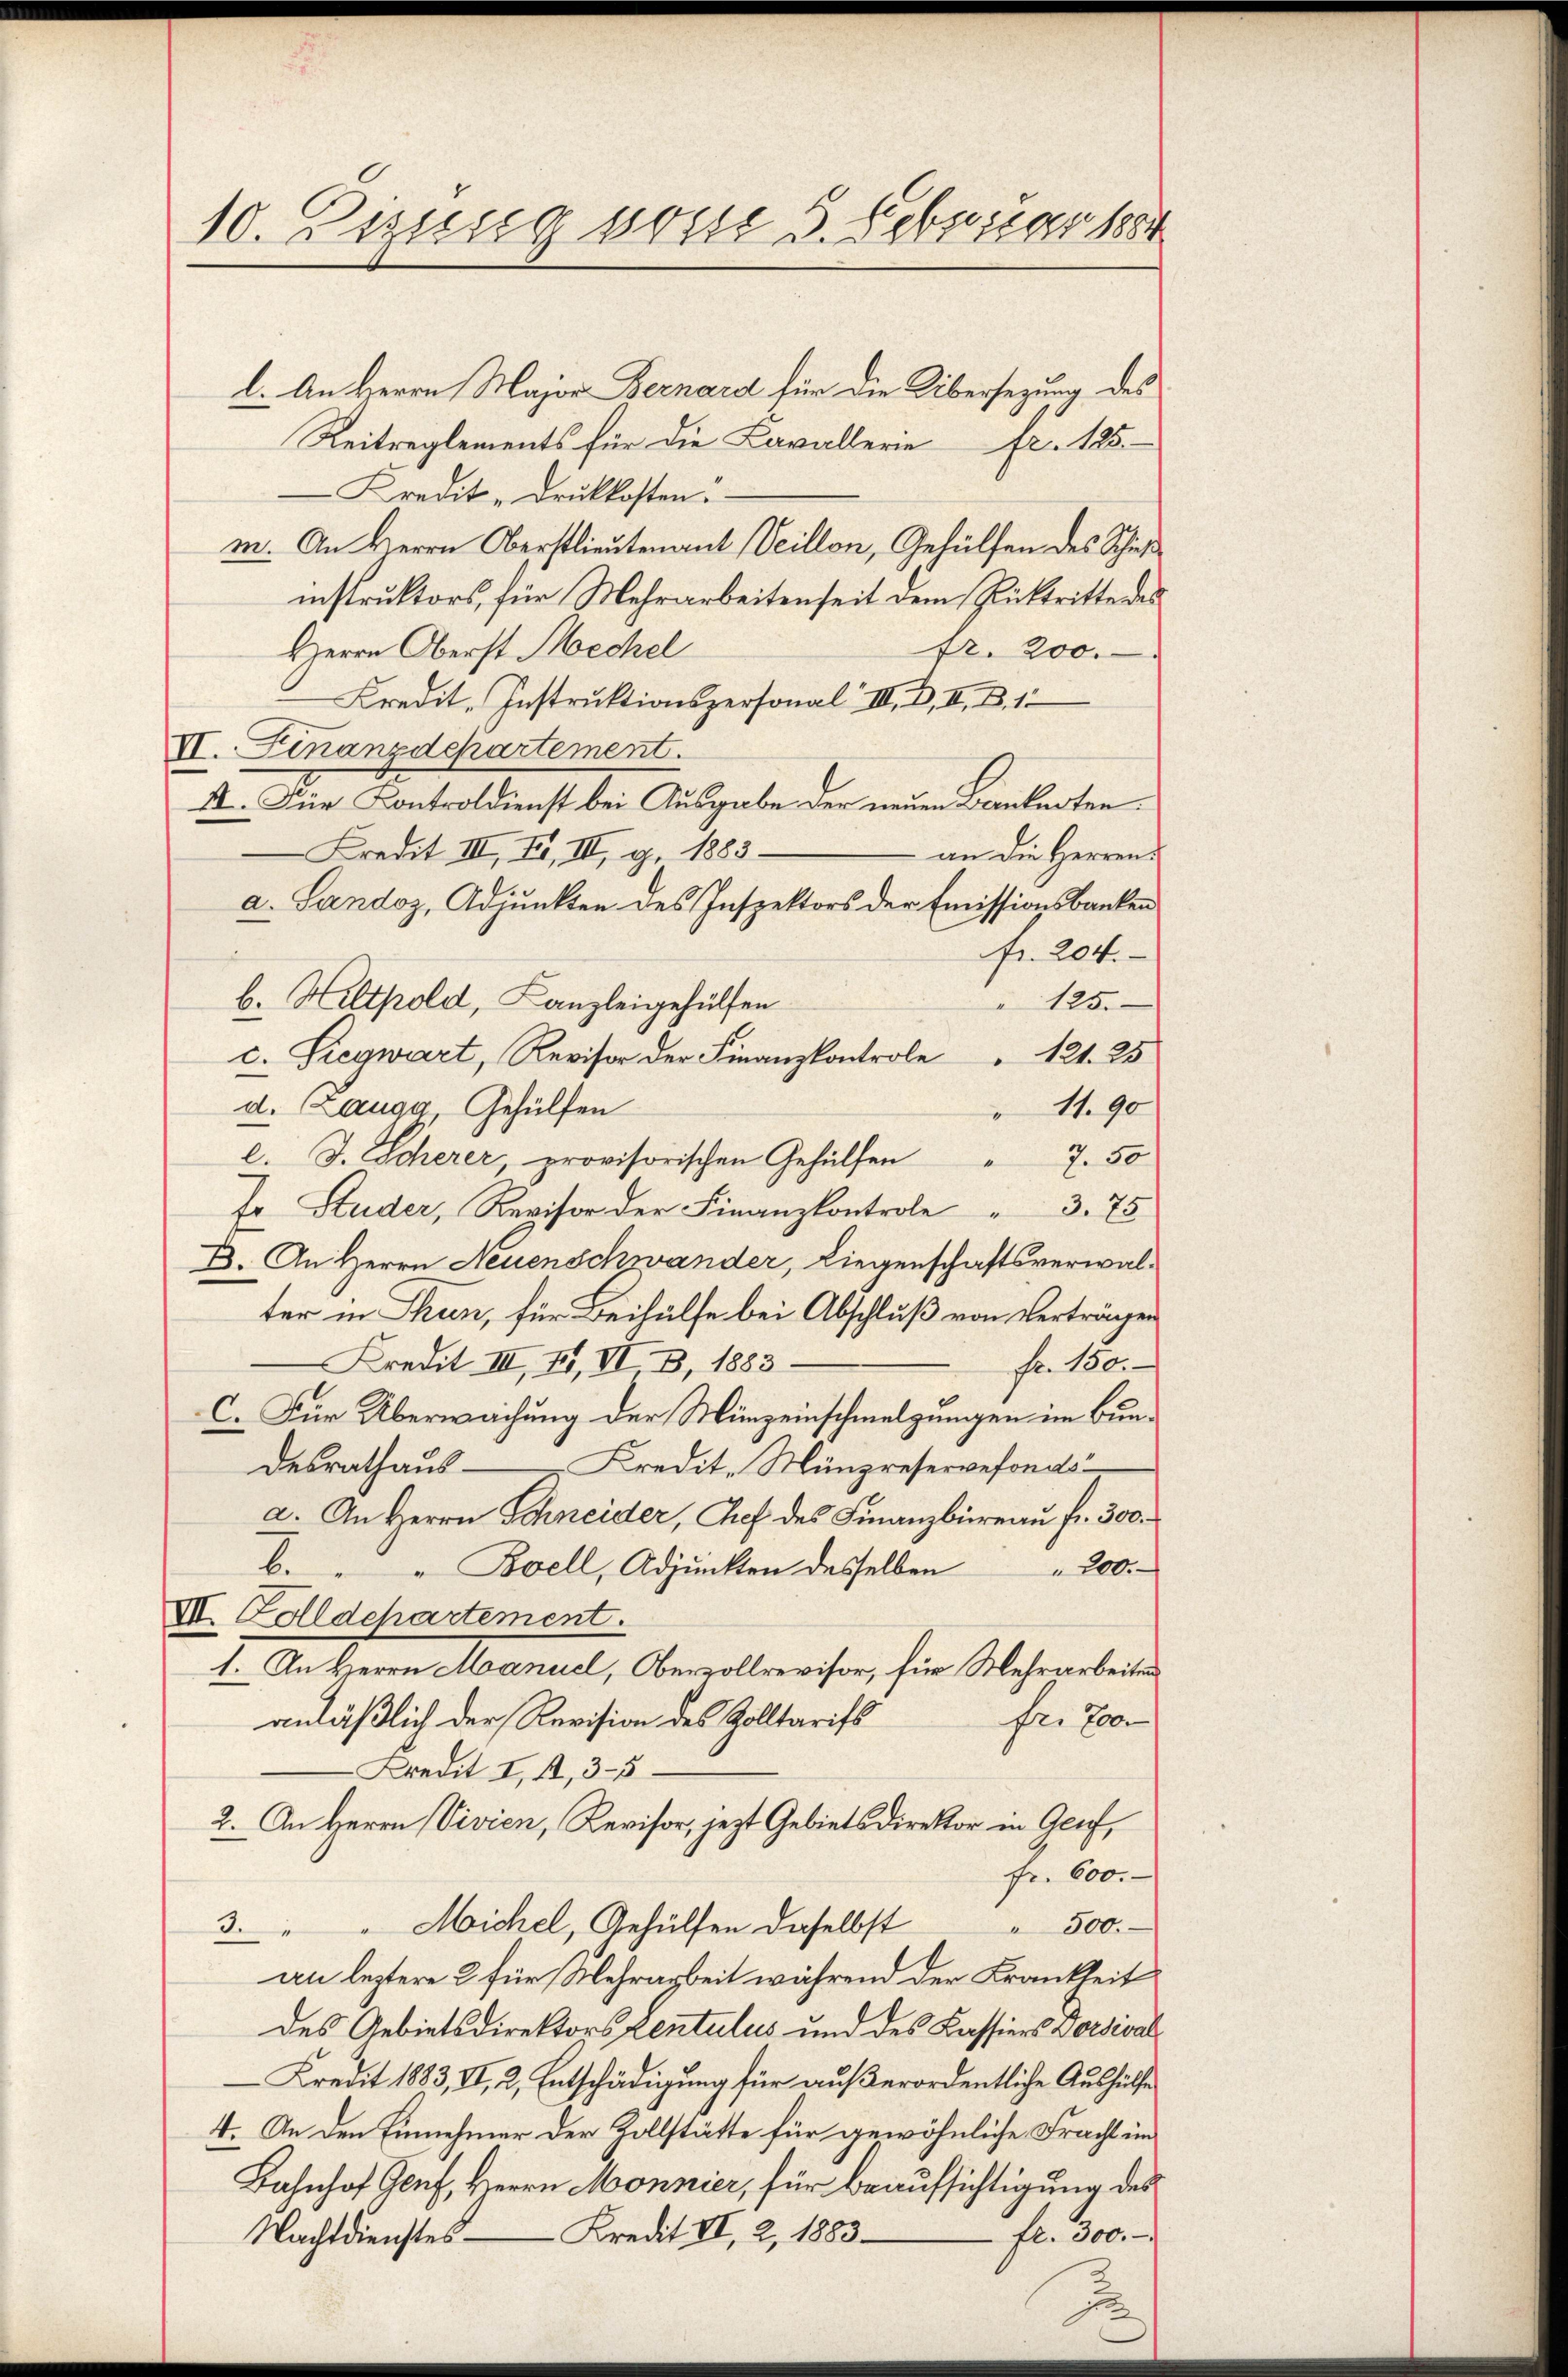
10. Zizung vom 3. Februar 1884

l. An Herrn Major Bernard für die Übersezung des
Reitreglements für die Cavallerie fr. 125.
Kredit-Druckkosten.
m. An Herrn Oberstlieutenant Veillon, Gehülfen des Schich
instruktors, für Mehrarbeitenseit dem Rücktritte des
fr. 200.
Herrn Oberst Mechel
Kredit-Instruktionspersonal III. B. II. B. 1
VI. Finanzdepartement
II. Für Kontroldienst bei Ausgabe der neuen Banknoten.
Kredit III, II, III, g. 1883.
an die Herren
a. Landoz, Adjunkten des Inspektors der Emissionsbanken
Fr. 204.
125.
b. Hiltpold, Kanzleigehülfen
c. Siegwart, Revisor der Finanzkontrole " 121. 25
11.90
d. Zaugg, Gehülfen
l. J. Scherer, provisorischen Gehülfen " 7. 50
Er Studer, Revisor der Finanzkontrole " 3. 75
D. An Herrn Neuenschwander, Liegenschaftsverwalter in Thun, für Beihülfe bei Abschluß von Verträgen
Kredit III, II, VI B, 1883
Fr. 180.
C. Für Überwachung der Münzeinschmelzungen im Bun¬
Kredit. Münzreservefonds
desrathausa. An Herrn Schneider, Gref des Finanzbüreau fr. 300.
b. " " Boell, Adjunkten desselben " 200.
VII. Volldchartement.
I. An Herrn Manuel, Obervollerviser, für Mehrarbeite
anläßlich der Revision des Zolltarifs
fr. 20
Kredit I 14, 3-5
2. An Herrn Vivien, Revisor, jezt Gebietsdirektor in Genf,
Fr. 600.
Michel, Gehülfen daselbst " 500.-
3.
an leztere 2 für Mehrarbeit während der Krankheit
des Gebietsdirektors zentulus und des Kassiers Dorsival
Kredit 1883, II, 2, Entschädigung für außerordentliche Aushülfe
4. An den Einnehmer der Zollstätte für gewöhnliche Fracht im
Bahnhof Genf, Herrn Monnier, für Beaufsichtigung des
Nachtdienstes — Kredit II, 2, 1883
fr. 300.